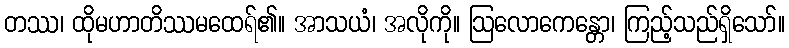
တဿ၊ ထိုမဟာတိဿမထေရ်၏။ အာသယံ၊ အလိုကို။ ဩလောကေန္တော၊ ကြည့်သည်ရှိသော်။